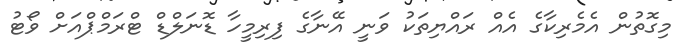
މިގޮތުން އެމެރިކާގެ އެއް ރައްޔިތަކު ވަނީ އޭނާގެ ފިރިމީހާ ޑޮނަލްޑް ޓްރަމްޕްއަށް ވޯޓު